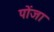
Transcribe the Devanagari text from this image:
पोंजा